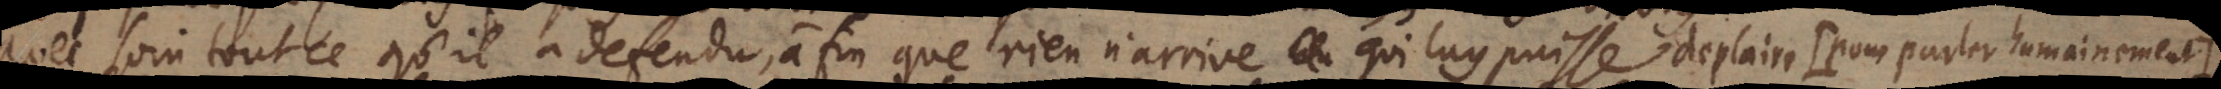
avec soin tout ce qu’il a defendu, à fin que rien n’arrive qui luy puisse deplaire, mais